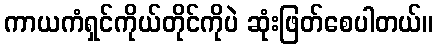
ကာယကံရှင်ကိုယ်တိုင်ကိုပဲ ဆုံးဖြတ်စေပါတယ်။